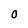
Character: O